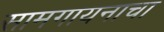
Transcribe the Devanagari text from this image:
सामगायनाचा